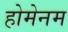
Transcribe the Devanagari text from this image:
होमेनम